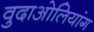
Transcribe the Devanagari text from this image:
वुदाओलियांग